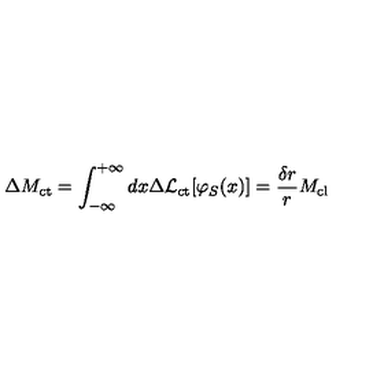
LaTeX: \Delta M _ { \mathrm { c t } } = \int _ { - \infty } ^ { + \infty } d x \Delta { \cal L } _ { \mathrm { c t } } [ \varphi _ { S } ( x ) ] = \frac { \delta r } { r } M _ { \mathrm { c l } }